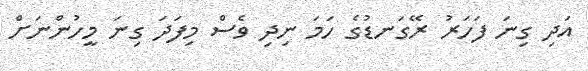
އަދި ގިނަ ފަހަރު ރޭގަނޑުގެ ހަމަ ނިދި ވެސް މިފަދަ ގިނަ މީހުންނަށް